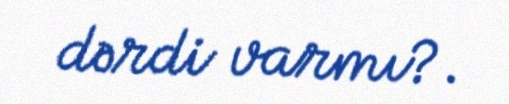
dərdi varmı?.